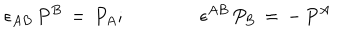
\epsilon _ { A B } \, P ^ { B } \, = \, P _ { A } ; \qquad \qquad \epsilon ^ { A B } \, P _ { B } \, = \, - \, P ^ { A }